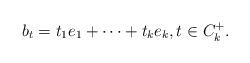
LaTeX: \begin{align*} b_t = t_1e_1+\cdots+t_ke_k, t\in C_k^+.\end{align*}